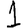
Digit: 1